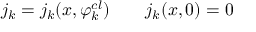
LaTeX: j _ { k } = j _ { k } ( x , \varphi _ { k } ^ { c l } ) \qquad j _ { k } ( x , 0 ) = 0